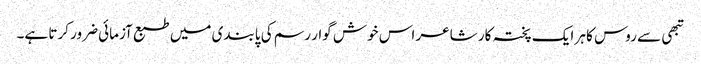
تبھی سے روس کا ہر ایک پختہ کار شاعر اس خوش گوار رسم کی پابندی میں طبع آزمائی ضرور کرتا ہے۔